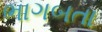
ભાગબતા